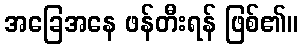
အခြေအနေ ဖန်တီးရန် ဖြစ်၏။